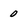
Character: 0